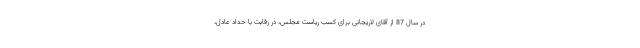
در سال 87 از آقای لاریجانی برای کسب ریاست مجلس، در رقابت با حداد عادل،